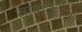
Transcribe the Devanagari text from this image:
स्रावावर्तना